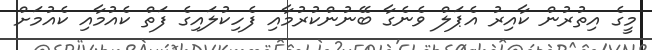
މީގެ އިތުރުން ކާއިރު އެޕަލް ވެނެގާ ބޭނުންކުރުމާއި ފެހިކުލައިގެ ފަތް ކެއުމާއި ކެއުމަށް